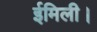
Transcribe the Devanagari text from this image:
ईमिली।